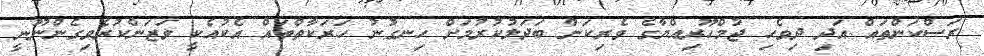
ރަސްކަންތައް އަދި ދިވެހި ޖުމްހޫރިއްޔާގެ ވެރިކަން ބަދަލުކުރުމަށް ހިނގުނު ހަރަކާތްތައް އެކުއެކީ ވަޒަންކުރެވިގެންނޫނީ